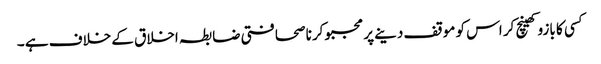
کسی کا بازو کھینچ کر اس کو موقف دینے پر مجبو کرنا صحافتی ضابطہ اخلاق کے خلاف ہے ۔